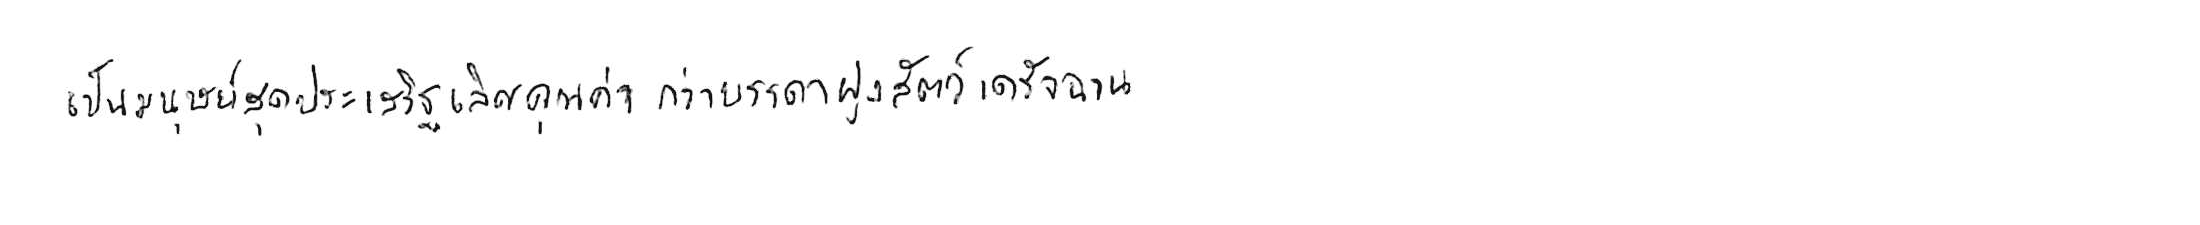
เป็นมนุษย์สุดประเสริฐเลิศคุณค่า กว่าบรรดาฝูงสัตว์เดรัจฉาน